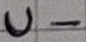
Text: U-